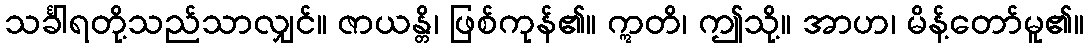
သင်္ခါရတို့သည်သာလျှင်။ ဇာယန္တိ၊ ဖြစ်ကုန်၏။ ဣတိ၊ ဤသို့။ အာဟ၊ မိန့်တော်မူ၏။